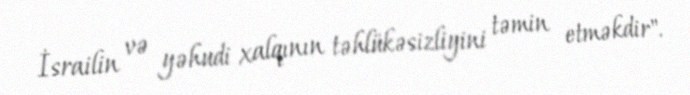
İsrailin və yəhudi xalqının təhlükəsizliyini təmin etməkdir".